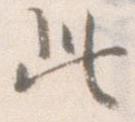
此